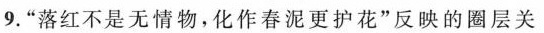
9.”落红不是无情物，化作春泥更护花”反映的圈层关